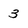
Character: 3